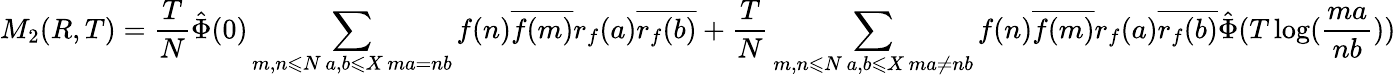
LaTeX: M_{2}(R,T)=\frac{T}{N}{\hat{\Phi}}(0)\sum_{\substack{m,n\leqslant N\, a,b\leqslant X\, ma=nb}}f(n)\overline{{f(m)}}r_{f}(a)\overline{{r_{f}(b)}}+\frac{T}{N}\sum_{\substack{m,n\leqslant N\, a,b\leqslant X\, ma\neq nb}}f(n)\overline{{f(m)}}r_{f}(a)\overline{{r_{f}(b)}}\hat{\Phi}(T\log(\frac{ma}{nb}))